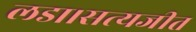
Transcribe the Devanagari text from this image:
लडा।सत्यजीत